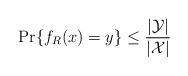
LaTeX: \begin{align*}{\rm Pr}\{ f_R(x)=y\}\le \frac{|{\cal Y}|}{|{\cal X}|}\end{align*}